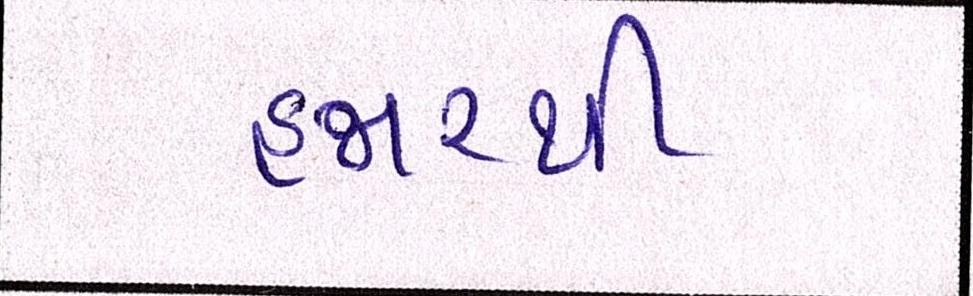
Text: હજારથી